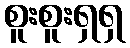
စူးစူးရှရှ